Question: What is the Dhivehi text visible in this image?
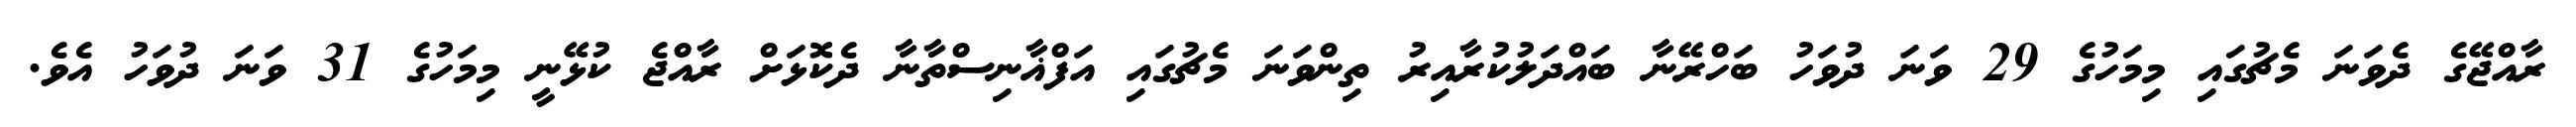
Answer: ރާއްޖޭގެ ދެވަނަ މެޗުގައި މިމަހުގެ 29 ވަނަ ދުވަހު ބަހްރޭނާ ބައްދަލުކުރާއިރު ތިންވަނަ މެޗުގައި އަފްޣާނިސްތާނާ ދެކޮޅަށް ރާއްޖެ ކުޅޭނީ މިމަހުގެ 31 ވަނަ ދުވަހު އެވެ.